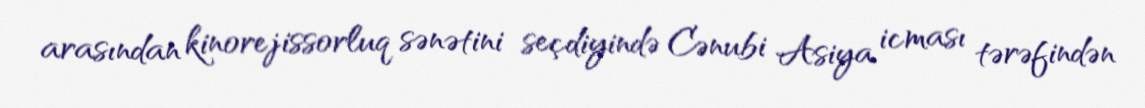
arasından kinorejissorluq sənətini seçdiyində Cənubi Asiya icması tərəfindən